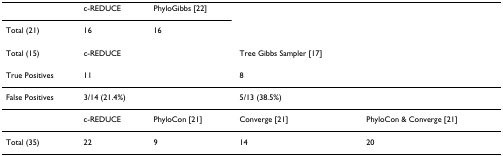
|  | c-REDUCE | PhyloGibbs [22] |  |
 | Total (21) | 16 | 16 |  |
 | --- | --- | --- | --- |
 | Total (15) | c-REDUCE |  | Tree Gibbs Sampler [17] |  |
 | True Positives | 11 |  | 8 |  |
 | False Positives | 3/14 (21.4%) |  | 5/13 (38.5%) |  |
 |  | c-REDUCE | PhyloCon [21] | Converge [21] | PhyloCon & Converge [21] |
 | Total (35) | 22 | 9 | 14 | 20 |